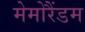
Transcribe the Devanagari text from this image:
मेमोरैंडम